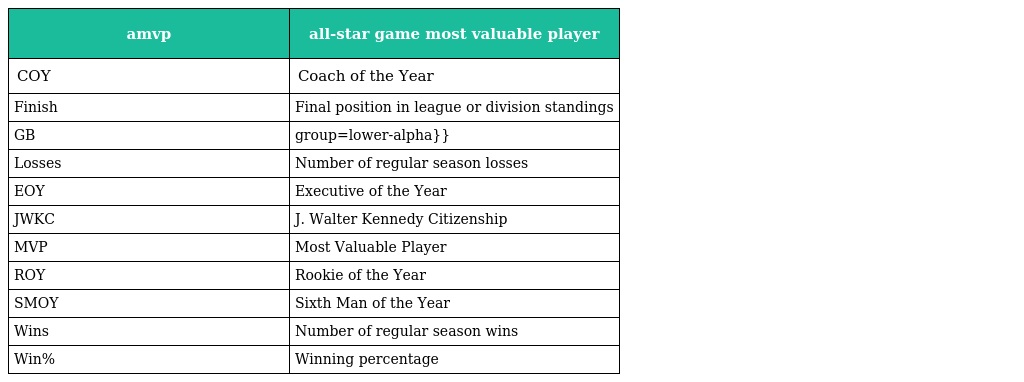
| amvp | all-star game most valuable player |
 | --- | --- |
 | COY | Coach of the Year |
 | Finish | Final position in league or division standings |
 | GB | group=lower-alpha}} |
 | Losses | Number of regular season losses |
 | EOY | Executive of the Year |
 | JWKC | J. Walter Kennedy Citizenship |
 | MVP | Most Valuable Player |
 | ROY | Rookie of the Year |
 | SMOY | Sixth Man of the Year |
 | Wins | Number of regular season wins |
 | Win% | Winning percentage |